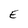
Character: E